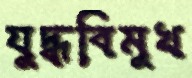
যুদ্ধবিমুখ